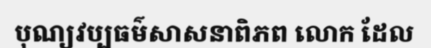
បុណ្យវប្បធម៌សាសនាពិភព លោក ដែល